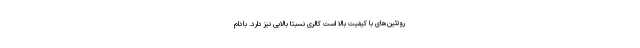
روتئین‌های با کیفیت بالا است کالری نسبتاً بالایی نیز دارد. بادام‌